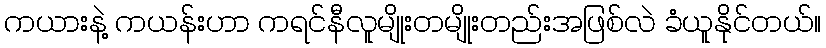
ကယားနဲ့ ကယန်းဟာ ကရင်နီလူမျိုးတမျိုးတည်းအဖြစ်လဲ ခံယူနိုင်တယ်။